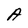
Character: A